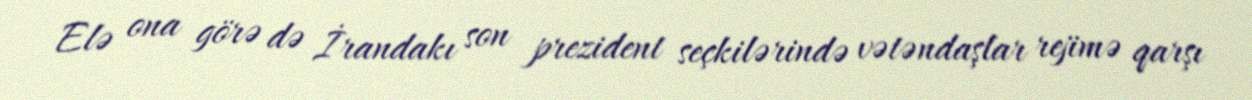
Elə ona görə də İrandakı son prezident seçkilərində vətəndaşlar rejimə qarşı